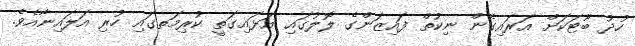
ހުދު ބޫޓަކަށް އަރައިގެން ނިކުތް ފައިޒަންގެ ލޮލުގައި އަޅައިގަތީ ކުރިމަތގައި ހުރި އަލައިނާއެވެ.